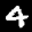
Label: 4